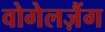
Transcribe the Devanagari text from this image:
वोगेलज़ैंग